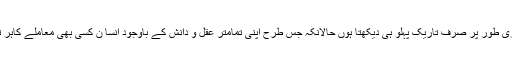
پہلے میں کسی بھی معاملے کے روشن اور تاریک دونوں پہلوؤں کا جائزہ لیتا تھا، اب لا شعوری طور پر صرف تاریک پہلو ہی دیکھتا ہوں حالانکہ جس طرح اپنی تمامتر عقل و دانش کے باوجود انسا ن کسی بھی معاملے کاہر تاریک پہلو نہیں جان سکتا بالکل اسی طرح ہم تمام روشن پہلوؤں سے بھی واقف نہیں ہو سکتے۔